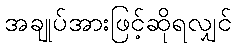
အချုပ်အားဖြင့်ဆိုရလျှင်